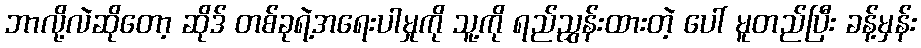
ဘာလို့လဲဆိုတော့ ဆိုဒ် တစ်ခုရဲ့အရေးပါမှုကို သူ့ကို ရည်ညွှန်းထားတဲ့ ပေါ် မူတည်ပြီး ခန့်မှန်း